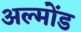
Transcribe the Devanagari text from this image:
अल्मोंड